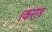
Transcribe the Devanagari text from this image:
।कराड